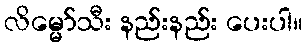
လိမ္မော်သီး နည်းနည်း ပေးပါ။